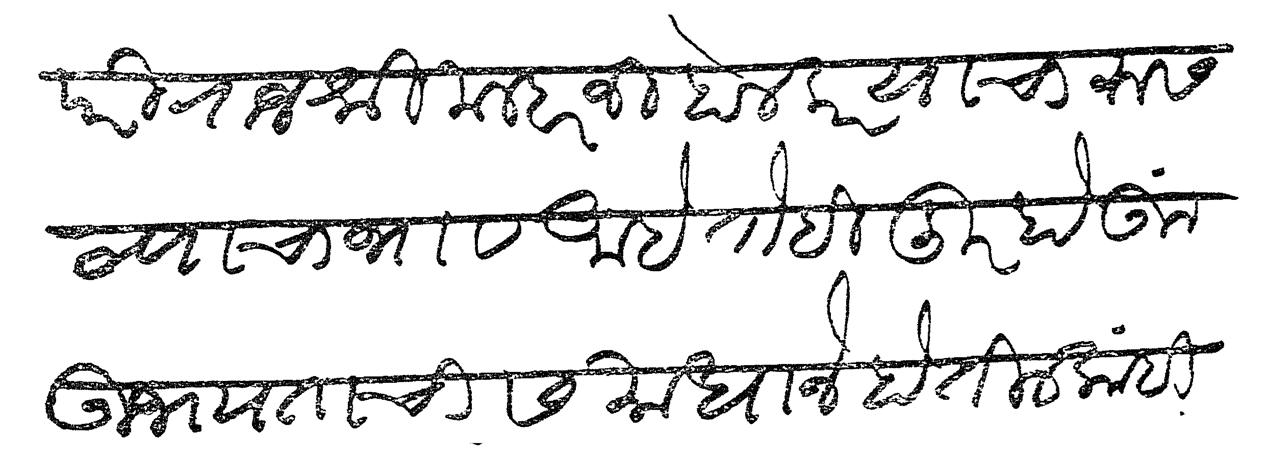
Transliteration (Devanagari): परी राजश्री मल्हारजी होळकर याचा रुसण्याचा भाव आहे तोहि दूर होऊन उभयतांची समाधानें होतील कांही